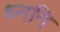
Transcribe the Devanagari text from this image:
ध्ननि